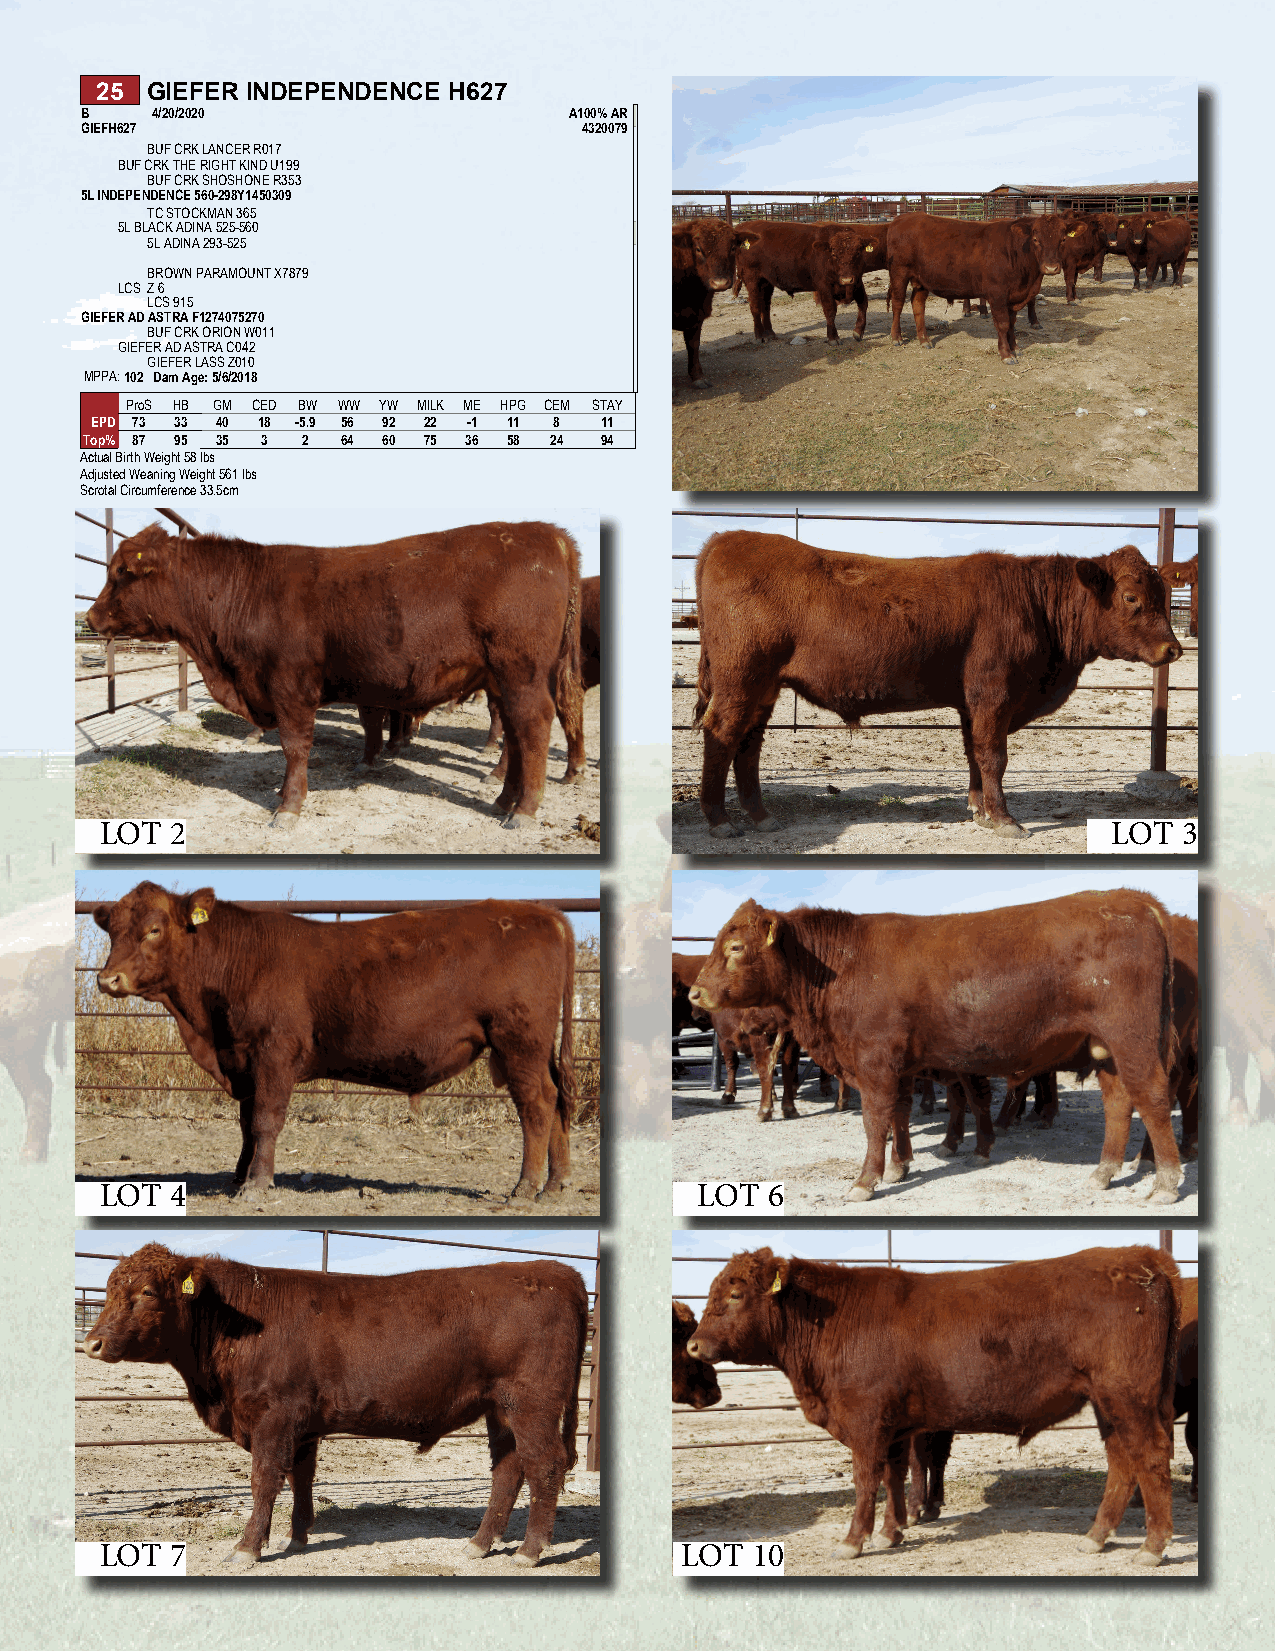
25  GIEFER INDEPENDENCE H627
 B    4/20/2020                   A100% AR
 GIEFH627                          4320079
 BUF CRK LANCER R017
 BUF CRK THE RIGHT KIND U199
 BUF CRK SHOSHONE R353
 5L INDEPENDENCE 560-298Y1450309
 TC STOCKMAN 365
 5L BLACK ADINA 525-560
 5L ADINA 293-525
 BROWN PARAMOUNT X7879
 LCS Z 6
 LCS 915
 GIEFER AD ASTRA F1274075270
 BUF CRK ORION W011
 GIEFER AD ASTRA C042
 GIEFER LASS Z010
 MPPA: 102 Dam Age: 5/6/2018
 ProS HB GM CED BW WW YW MILK ME HPG CEM STAY
 EPD 73 33 40 18 -5.9 56 92 22 -1 11 8 11
 Top% 87 95 35 3 2 64 60 75 36 58 24 94
 Actual Birth Weight 58 lbs
 Adjusted Weaning Weight 561 lbs
 Scrotal Circumference 33.5cm
 LOT 2                                                              LOT 3
 LOT 4                                  LOT  6
 LOT 7                                 LOT  10